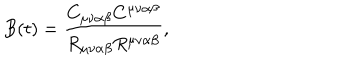
B ( t ) = \frac { C _ { \mu \nu \alpha \beta } C ^ { \mu \nu \alpha \beta } } { R _ { \mu \nu \alpha \beta } R ^ { \mu \nu \alpha \beta } } ,